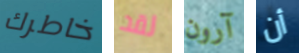
خاطرك لقد آرون أن